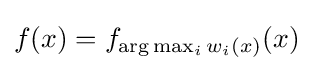
f(x)=f_{\arg \max _{i}w_{i}(x)}(x)